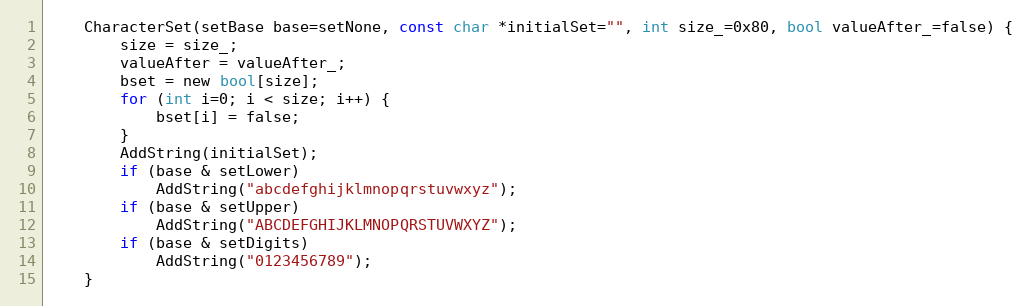
Language: C
	CharacterSet(setBase base=setNone, const char *initialSet="", int size_=0x80, bool valueAfter_=false) {
		size = size_;
		valueAfter = valueAfter_;
		bset = new bool[size];
		for (int i=0; i < size; i++) {
			bset[i] = false;
		}
		AddString(initialSet);
		if (base & setLower)
			AddString("abcdefghijklmnopqrstuvwxyz");
		if (base & setUpper)
			AddString("ABCDEFGHIJKLMNOPQRSTUVWXYZ");
		if (base & setDigits)
			AddString("0123456789");
	}